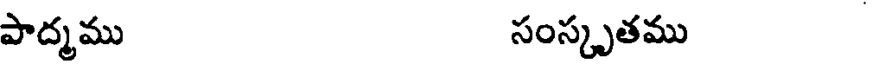
పాద్మము సంస్కృతము